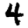
Digit: 4